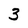
Character: 3